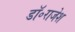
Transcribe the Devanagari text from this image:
डॉ॰राजेश